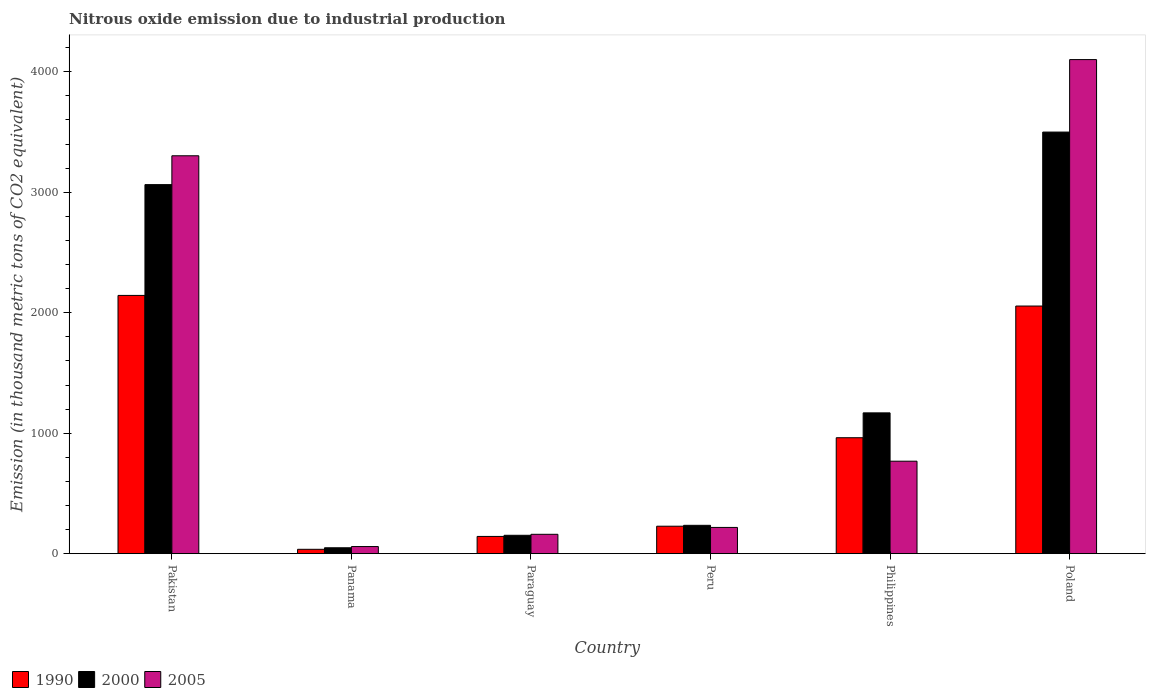
| Country | 1990 | 2000 | 2005 |
 | --- | --- | --- | --- |
 | Pakistan | 2.14e+03 | 3.06e+03 | 3.3e+03 |
 | Panama | 36.2 | 48.8 | 59 |
 | Paraguay | 143 | 152 | 161 |
 | Peru | 228 | 235 | 218 |
 | Philippines | 962 | 1.17e+03 | 768 |
 | Poland | 2.06e+03 | 3.5e+03 | 4.1e+03 |